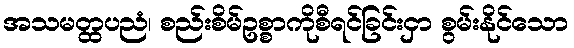
အသမတ္ထပညံ၊ စည်းစိမ်ဥစ္စာကိုစီရင်ခြင်းငှာ စွမ်းနိုင်သော